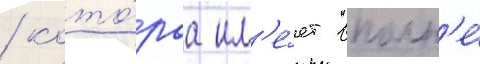
/ кото́раа им'е́ет вполн'е́